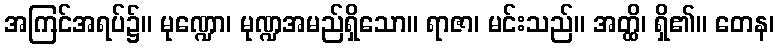
အကြင်အရပ်၌။ မုဏ္ဍော၊ မုဏ္ဍအမည်ရှိသော။ ရာဇာ၊ မင်းသည်။ အတ္ထိ၊ ရှိ၏။ တေန၊